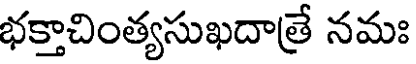
భక్తాచింత్యసుఖదాత్రే నమః